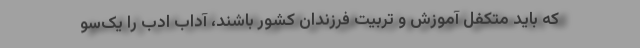
که باید متکفل آموزش و تربیت فرزندان کشور باشند، آداب ادب را یک‌سو